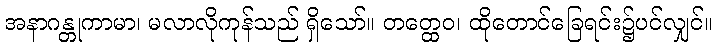
အနာဂန္တုကာမာ၊ မလာလိုကုန်သည် ရှိသော်။ တတ္ထေဝ၊ ထိုတောင်ခြေရင်း၌ပင်လျှင်။